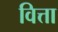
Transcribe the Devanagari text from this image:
वित्ता